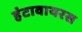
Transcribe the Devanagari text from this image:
हंटावायरस